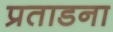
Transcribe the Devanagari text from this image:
प्रताडना